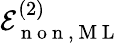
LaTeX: \mathcal{E}_{\mathrm{~n~o~n~},\mathrm{~M~L~}}^{(2)}